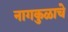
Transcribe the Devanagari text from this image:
नागकुळाचे